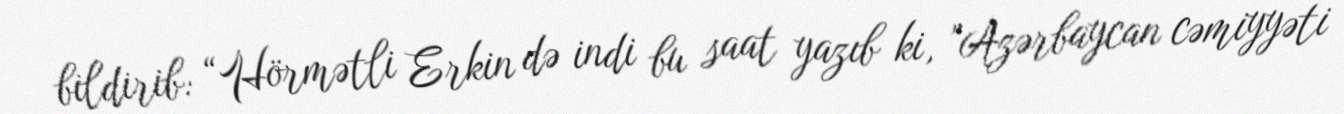
bildirib: “Hörmətli Erkin də indi bu saat yazıb ki, ”Azərbaycan cəmiyyəti